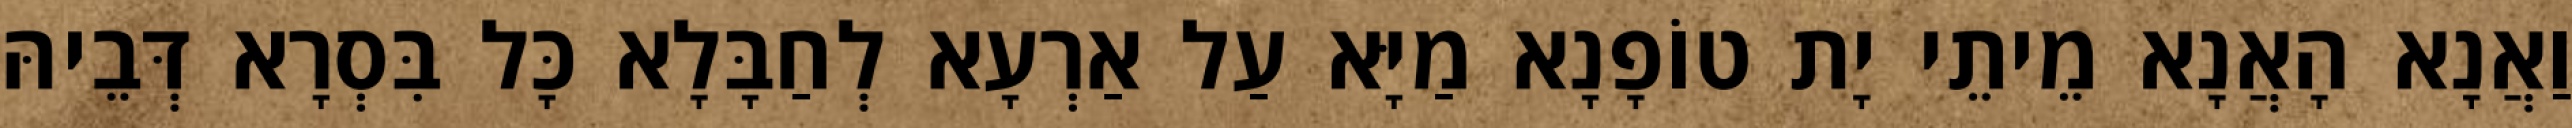
וַאֲנָא הָאֲנָא מֵיתֵי יָת טוֹפָנָא מַיָּא עַל אַרְעָא לְחַבָּלָא כָּל בִּסְרָא דְּבֵיהּ